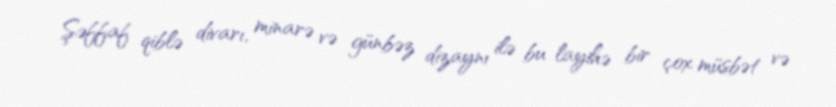
Şəffaf qiblə divarı, minarə və günbəz dizaynı ilə bu layihə bir çox müsbət və